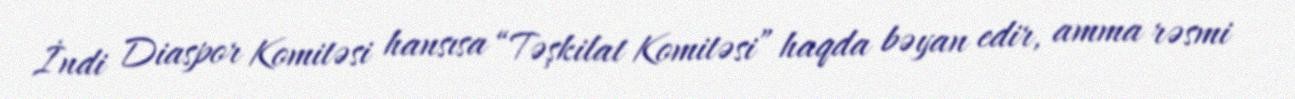
İndi Diaspor Komitəsi hansısa “Təşkilat Komitəsi” haqda bəyan edir, amma rəsmi